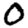
Digit: 0